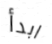
ابدأ